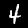
Label: 4